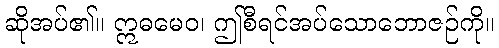
ဆိုအပ်၏။ ဣဓမေဝ၊ ဤစီရင်အပ်သောဘောဇဉ်ကို။